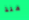
منذ